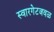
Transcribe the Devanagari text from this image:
स्वारगेटजवळ